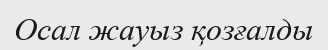
Осал жауыз қозғалды